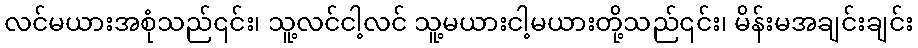
လင်မယားအစုံသည်၎င်း၊ သူ့လင်ငါ့လင် သူ့မယားငါ့မယားတို့သည်၎င်း၊ မိန်းမအချင်းချင်း